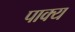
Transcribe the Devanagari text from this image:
पाक्य